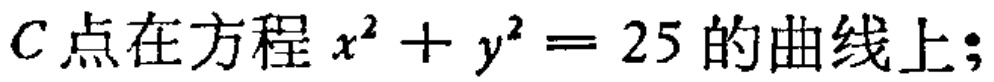
$C\text{点在方程 }x^{2}+y^{2}=25\text{ 的曲线上;}$